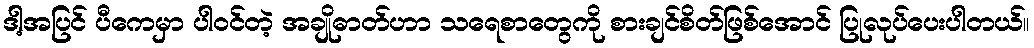
ဒါ့အပြင် ပီကေမှာ ပါဝင်တဲ့ အချိုဓာတ်ဟာ သရေစာတွေကို စားချင်စိတ်ဖြစ်အောင် ပြုလုပ်ပေးပါတယ်။